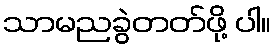
သာမညခွဲတတ်ဖို့ ပါ။